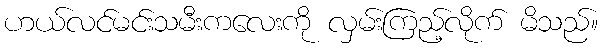
ဟယ်လင်မင်းသမီးကလေးကို လှမ်းကြည့်လိုက် မိသည်။